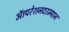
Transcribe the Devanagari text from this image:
ऑपरेशनदरम्यान